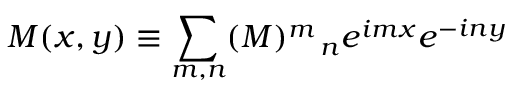
M ( x , y ) \equiv \sum _ { m , n } ( M ) _ { \quad n } ^ { m } e ^ { i m x } e ^ { - i n y }